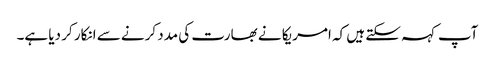
آپ کہہ سکتے ہیں کہ امریکا نے بھارت کی مدد کرنے سے انکار کر دیا ہے۔